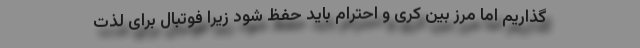
گذاریم اما مرز بین کری و احترام باید حفظ شود زیرا فوتبال برای لذت